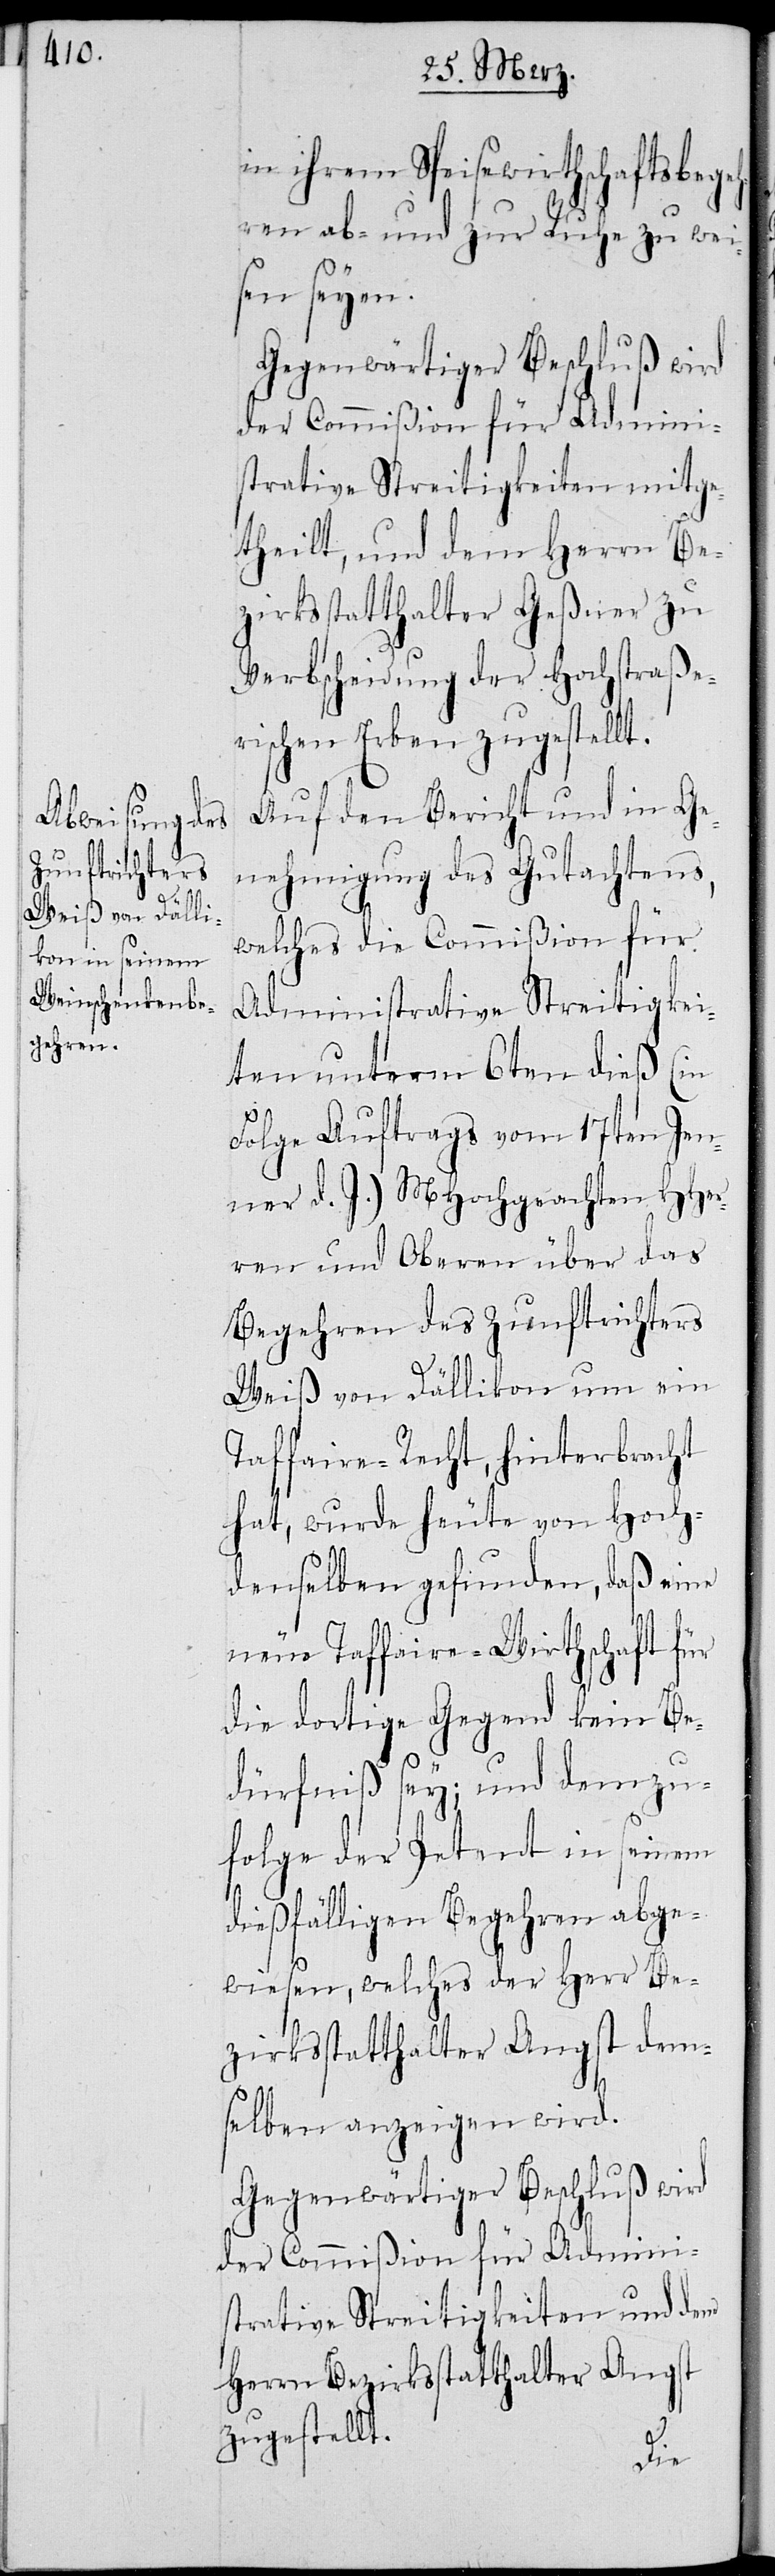
in ihrem Speisewirthschaftsbege¬
hren ab- und zur Ruhe zu wei¬
sen seyen.
Gegenwärtiger Beschluß wird
der Commißion für Admini¬
strative Streitigkeiten mitge¬
theilt, und dem Herrn Be¬
zirksstatthalter Geßner zu
Verbscheidung der Hochstraße¬
rischen Erben zugestellt.
Auf den Bericht und in Ge¬
nehmigung des Gutachtens,
welches die Commißion für
Administrative Streitigkei¬
ten unterm 6ten dieß (in
Folge Auftrags vom 17ten Jen¬
ner d. J.) MHochgeachten HHer¬
ren und Oberen über das
Begehren des Zunftrichters
Weiß von Dällikon um ein
Taffaire-Recht, hinterbracht
hat, wurde heute von Hoch¬
denselben gefunden, daß eine
neue Taffaire-Wirthschaft für
die dortige Gegend kein Be¬
dürfniß sey; und demzu¬
folge der Petent in seinem
dießfälligen Begehren abge¬
wiesen, welches der Herr Be¬
zirksstatthalter Angst dem¬
selben anzeigen wird.
Gegenwärtiger Beschluß wird
der Commißion für Admini¬
strative Streitigkeiten und dem
Herrn Bezirksstatthalter Angst
zugestellt.